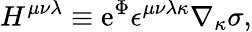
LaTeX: H^{\mu\nu\lambda}\equiv\mathrm{e}^{\Phi}\epsilon^{\mu\nu\lambda\kappa}\nabla_{\kappa}\sigma,